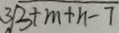
3 \sqrt { 3 + m + n - 7 }